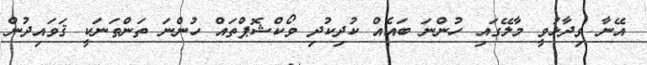
އޭނާ ވިދާޅުވީ މާލޭގައި ހުންނަ ބައެއް ކުދިކުދި ވޯކްޝޮޕްތައް ހުންނަ ތަންތަނަކީ ޤަވައިދުން